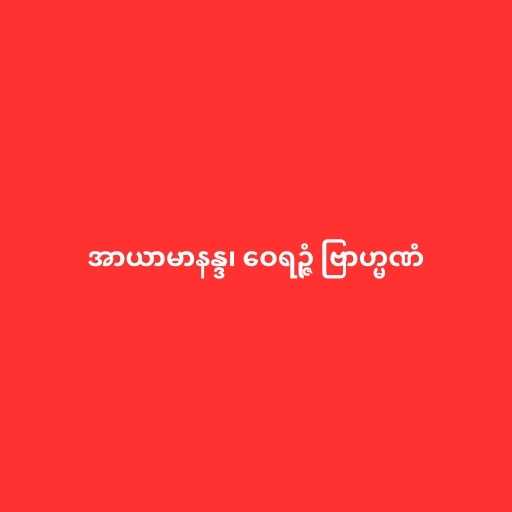
အာယာမာနန္ဒ၊ ဝေရဉ္ဇံ ဗြာဟ္မဏံ